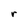
Character: r